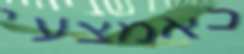
כאמצעי